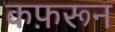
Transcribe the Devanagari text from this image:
कफ़रून